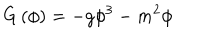
LaTeX: G \left( \phi \right) = - g \phi ^ { 3 } - m ^ { 2 } \phi